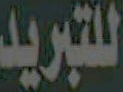
للتبريد